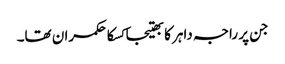
جن پر راجہ داہر کا بھتیجا کسکا حکمران تھا۔